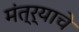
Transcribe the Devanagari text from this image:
मंत्र्याचे